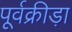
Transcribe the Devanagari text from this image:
पूर्वक्रीड़ा